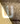
لنا